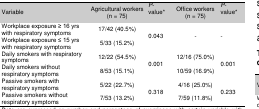
<table><thead><tr><td><b>Variable</b></td><td><b>Agricultural workers (n = 75)</b></td><td><b><i>P</i>-value*</b></td><td><b>Office workers (n = 75)</b></td><td><b><i>P</i>-valuee*</b></td></tr></thead><tbody><tr><td>Workplace exposure ≥ 16 yrs with respiratory symptoms</td><td>17/42 (40.5%)</td><td rowspan="2">0.043</td><td rowspan="2">-</td><td rowspan="2">-</td></tr><tr><td>Workplace exposure ≤ 15 yrs with respiratory symptoms</td><td>5/33 (15.2%)</td></tr><tr><td>Daily smokers with respiratory symptoms</td><td>12/22 (54.5%)</td><td rowspan="2">0.001</td><td>12/16 (75.0%)</td><td rowspan="2">0.001</td></tr><tr><td>Daily smokers without respiratory symptoms</td><td>8/53 (15.1%)</td><td>10/59 (16.9%)</td></tr><tr><td>Passive smokers with respiratory symptoms</td><td>5/22 (22.7%)</td><td rowspan="2">0.318</td><td>4/16 (25.0%)</td><td rowspan="2">0.233</td></tr><tr><td>Passive smokers without respiratory symptoms</td><td>7/53 (13.2%)</td><td>7/59 (11.8%)</td></tr></tbody></table>